Medical and sanitary report of the native army of Bengal for the year
Year: 1874
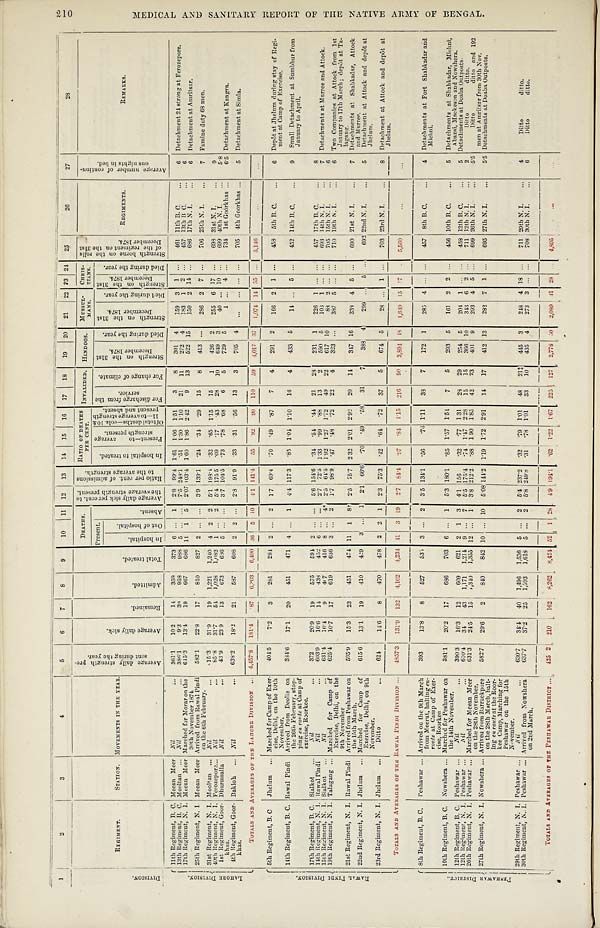
1
2
3
4
5
6
7
8
9
10
11 12 13 14 15
1 6
17 18
19 20 21 22 23
2 4
25
26
27
28
D I V I S I O N .
R E G I M E N T .
S T A T I O N .
MOVEMENTS I N THE YEAR.
A v e r a g e d a i l y s t r e n g t h p r e - s e n t d u r i n g t h e y e a r .
A v e r a g e d a i l y s i c k .
R e m a i n e d .
A d m i t t e d .
T o t a l t r e a t e d .
D E A T H S .
A v e r a g e d a i l y s i c k p e r c e n t . t o t h e a v e r a g e s t r e n g t h p r e s s e n t . R a t i o p e r c e n t . o f a d m i s s i o n s t o t h e a v e r a g e s t r e n g t h .
R A T I O O F D E A T H S P E R C E N T .
I N V A L I D E D .
H I N D O O S .
M U S S U L - M A N S .
C H R I S T I A N S .
S t r e n g t h b o r n e o n t h e r o l l s o f t h e r e g i m e n t o n t h e 3 1 s t D e c e m b e r 1 8 7 4 .
R E G I M E N T S .
A v e r a g e n u m b e r o f c o n t i n u - o u s n i g h t s i n b e d .
R E M A R K S .
P r e s e n t .
A b s e n t .
I n h o s p i t a l t o t r e a t e d . P r e s e n t — t o a v e r a g e s t r e n g t h p r e s e n t . O f t o t a l d e a t h s — c o l s . 1 0 & 1 1 — t o a v e r a g e s t r e n g t h p r e s e n t a n d a b s e n t .
F o r d i s c h a r g e f r o m t h e s e r v i c e .
F o r c h a n g e o f c l i m a t e .
S t r e n g t h o n t h e 3 1 s t D e c e m b e r 1 8 7 4 .
D i e d d u r i n g t h e y e a r . S t r e n g t h o n t h e 3 1 s t D e c e m b e r 1 8 7 4 .
D i e d d u r i n g t h e y e a r .
S t r e n g t h o n t h e 3 1 s t D e c e m b e r 1 8 7 4 .
D i e d d u r i n g t h e y e a r .
I n h o s p i t a l .
O u t o f h o s p i t a l .
L A H O R E D I V I S I O N .
11th Regiment, B. C. Meean Meer Nil
3 6 1 . 1
1 0 . 2
1 4
3 5 9
3 7
6 . . .
1 2 . 8
9 9 . 4
1 . 6 1
1 . 0 6
1 . 5 1
3
8
3 0 1
4
1 5 9
3 1
461 11t h B. C.
6
Detachment 24 strong at Ferozepore.
13th Regiment, B. C. Mooltan
Nil
3 8 6 . 1
9 . 3
3 9
9 5 8
9 8 8
5 . . . . . .
7 . 5 2 4 8 . 1
. 5 1
1 . 3 0
1 . 1 0
2 1
1 1
2 7 2
4
1 8 3
1 2 . . .
457
1 3 t h B . C . 6
6
17th Regiment, N. I. Meean Meer Marched for Morar on the
30th November 1874.
6 4 5 . 3
1 3 . 4
1 9
6 6 7
6 8 6
1 1
2 5 2 . 0 7 1 0 3 . 4
1 . 6 0
1 . 8 6
2 . 4 2
9
1 3
5 2 2
1 5
1 5 0
2 1 4 . . .
686 17th N. I.
6 Detachment at Amritsar.
25t h Regi ment , N. I .
Meean Meer Arrived from Rawal Pindi
on the 6th February.
5 8 2 . 1
2 2 . 8
1 7
8 1 0
8 2 7
2 . . . . . .
3 . 9 1 3 9 . 1
. 2 4
. 2 9
1 5
8
4 1 3
. . .
2 8 6
2
7 . . . 7 0 6
706 25th N. I.
7 Famine duty 68 men.
31st Regiment, N. I. Mooltan
Nil
1 5 . 3
3 1 . 9
1 9
1 , 2 2 1
1 , 2 4 0
4 2 2 5 . 1 1 9 8 . 4
. 3 2
. 6 5
1 . 1 5
1 5
1
4 2 6
2
2 5 5
6 1 7 . . .
698 31st N. I.
9
40th Regiment, N. I. Ferozepore.
Nil
8 5 . 8
3 1 . 7
5 4
1 , 0 2 8
1 , 0 8 2
1 . . .
2 5 . 4 1 7 5 . 5
. 0 9
. 1 7
. 4 3
2 8
1 0
6 4 9
3 4 0
. . .
1 0 . . .
699 40th N. I.
5 . 8
1st Regiment, Goor
-khas.
Dhurmsalla
Nil
4 3 . 9
2 3 . 9
1 3
6 7 3
6 8 6
5 . . . . . .
3 . 7 1 0 4 . 5
. 7 3
. 7 8
. 6 8
6
5
7 2 9
5
1 . . .
4 . . .
734 1st Goorkhas
6 . 5
Detachment at Kangra.
4th Regiment, Goor-
khas.
Bakloh
Nil
6 3 8 . 2
1 8 . 2
2 1
5 8 7
6 0 8
2 2 . . .
2 . 8 9 1 . 9
. 3 3
. 3 1
. 5 6
1 3
3
7 0 5
4
. . .
. . . . . . . . .
705 4th Goorkhas
5 Detachment at Simla.
TOTALS AND AVERAGES OF THE LAHORE DIVISION
4 , 4 5 7 . 8
1 8 1 . 4
. 8 7
6 , 2 0 3
6 , 4 9 0
3 6
5
1 0
4 . 1 1 4 1 . 4
5 5
. 9 2
. 9 9
1 1 0
5 9 4 , 0 1 7
3 7 1 , 0 7 4
1 4
5 5 . . . 5 , 1 4 6 I
, , , , ;
...
. . .
R A W A L P I N D I D I V I S I O N .
5th Regiment, B. C Jhelum
Marched for Camp of Exer-
cise, Delhi, on the 10th
November.
4 0 4 . 5
7 . 2
3
2 8 1
2 8 4
2 . . .
2 1 . 7
6 9 . 4
. 7 0
. 4 9
. 8 7
7
4
2 9 1
2
1 6 6
2 1 . . .
458 5th B. C.
6 Depôt at Jhelum during stay of Regi-
ment at Camp of Exercise.
14th Regiment, B. C. Rawal Pindi Arrived from Deolie on
the 26th February, stop-
ping en route at Camp of
exercise, Roorkee.
3 8 4 . 6
1 7 . 1
2 0
4 5 1
4 7 1
4 . . .
1 4 . 4 1 1 7 . 3
. 8 5
1 . 0 4
1 . 1 0
1 6
4
4 3 3
5
1 4 . . .
5 . . .
452 14th B. C.
9 Small Detachment at Sumbhur from
January to April.
17th Regiment, B. C. Sialkot
Nil
3 7 2
2 0 . 9
1 9
5 7 5
5 9 4
2 . . . . . .
5 . 6 1 5 4 . 6
. 3 4
. 5 4
. 4 4
2 1
2 8
2 3 1
1
2 2 6
1 . . . . . .
457 17th B. C.
8
14th Regiment, N. I. Rawal Pindi
Nil
6 0 3 . 9
1 6 . 6
1 4
4 3 8
4 2 5
6 . . . . . .
2 . 7
7 2 . 5
1 . 3 3
. 9 9
. 8 8
1 3
2
5 9 0
5
1 0 3
1 . . . . . .
693 14th N. I.
7 Detachments at Murree and Attock.
15th Regiment, N. I. Sialkot
N i l
6 3 1 . 4
1 6 . 4
9
4 6 7
4 1 6
8 . . .
4 *
2 . 5
6 4 . 5
1 . 9 2
1 . 2 7
1 . 7 2
4 9
2 2
6 1 7
1 0
8 8
2 . . . . . .
705 1 15th N. I.
6
19th Regiment, N. I. Talagana Marched for Camp of
Exercise, Delhi, on the
9th November
6 2 5 . 4
1 0 . 7
1 7
6 1 9
6 3 6
3 . . .
2
1 . 7
9 8 . 9
. 4 7
. 4 8
. 7 2
2 2
4
3 2 3
. . .
3 8 7
5 . . . . . .
710
1 9 t h N . I .
6 Two Companies at Attock from 1st
January to 17th March; depôt at Ta-
lagang.
21st Regiment, N. I.
R a w a l P i n d i
Arrived from Peshawar on
the 15th March.
5 9 5 . 9
1 5 . 3
2 3
4 5 1
4 7 4
1 1
1 8 †
2 . 5
7 5 . 7
2 . 3 2
2 . 0 1
2 . 9 2
2 0
1 4
3 4 7
1 6
3 3 8
4 2 . . .
690 21st N. I.
7 Detachments at Shabkadar, Attock
and Murree.
22nd Regiment, N. I. Jhelum
Marched for Camp of
Exercise, Delhi, on 9th
November.
6 1 5 . 6
1 3 . 1
1 9
4 1 0
4 2 9
3 . . .
1 2 . 1
6 6 . 6
. 7 0
. 4 9
. 5 8
3 1
7
3 8 8
4
2 9 9
. . .
5 . . .
692 22nd N. I.
5 Detachment at Attock and depôt at
Jhelum.
23rd Regiment, N. I. Jhelum
Ditto
6 2 4
1 4 . 6 8
4 7 0
4 7 8
2 2 1 2 . 3
7 5 . 3
. 4 2
. 6 4
. 7 2
3 7
5
6 7 4
5
2 8 . . .
1 . . .
703 23rd N. I.
8 Detachment at Attock and depôt at Jhelum.
TOTALS AND AVERAGES OF THE RAWAL PINDI DIVISION
4 8 5 7 . 3
1 3 1 . 9
1 3 2
4 , 1 0 2
4 , 2 3 4
1 1
3 1 9
2 . 7
8 4 . 4
. 9 7
. 8 4
1 . 1 5
2 1 6
9 0
3 , 8 9 4
4 8
1 , 6 4 9
1 5 1 7 . . .
5 , 5 6 0
. . .
. . .
P E S H A W A R D I S T R I C T .
8th Regiment, B. C. Peshawar
Arrived on the 9th March
from Meerut, halting en-
route at Camp of Exer-
cise, Roorkee
3 9 3
1 3 . 8
8
5 2 7
5 3 5
3 . . .
2
3 . 5 1 3 4 . 1
. 5 6
. 7 6 1 . 1 1
3 8
7
1 7 2
1
2 8 5
4 . . . . . .
457 8th B. C.
4 Detachments at Fort Shabkadar and
Michni.
10th Regiment, B. C. Nowshera
Marched for Peshawar on
the 14th November.
3 8 1 . 1
2 0 . 2
1 7
6 8 6
7 0 3
6 . . .
1 5 . 3 1 8 0 . 1
. 8 5
1 . 5 7
1 . 5 4
7
5
2 9 6
5
1 6 1
2 2 . . .
456 10th B. C.
5 Detachments at Shabkadar, Michni,
Abazai, Mackesan and Nowshera.
12th Regiment, N. I. Peshawar
N i l
3 9 0 . 3
1 6 . 3
1 2
6 0 9
6 2 1
2 1 3 4 . 1 1 5 6
. 3 2
. 7 7
1 . 3 1
2 8
2 9 2 5 4
5 2 0 1
1 . . . . . . 4 5 8
1 2 t h B . C .
5
Detachments Doaba Out post s.
12th Regiment, N. I. Peshawar
N i l
N i l
6 1 0 . 4
3 4
4 3
1 , 1 7 1
1 , 2 1 4
9 . . .
7 5 . 5 1 7 5 . 4
. 7 4
1 . 4 7
2 . 2 8
1 5
1 5
3 6 6
1 0
3 4 3
6 2 . . .
711
12th N. I.
2
D i t t o d i t t o .
26th Regiment, N. I. Peshawar
Marched for Meean Meer
on the 28th November.
6 3 1 . 3
2 4 . 5
1 5
2 , 3 4 0
1 , 3 5 5
1 2 . . .
1 3 . 8 2 1 2 . 2
. 8 8
1 . 9 0
1 . 8 5
4 2
2 3
4 0 1
9
2 9 3
4 5 . . .
699 26th N. I.
5.5
Ditto ditto and 192
men at Amritsar from 30th Nov.
27th Regiment, N. I. Nowshera
Arrived from Barrackpore
on the 28th March, halt-
ing en route at the Roor-
kee Camp, Marching for
Peshawar on the 15th
November.
5 8 2 . 7
2 9 . 6
2
8 4 0
8 4 2
1 0 . . . 1 0
5 . 0 8 1 4 4 . 2
1 . 1 9
1 . 7 2
2 . 9 1
1 4
1 7
4 1 2
1 3
2 8 2
7 1 . . .
695 27th N. I.
5.5 Detachments at Doaba Outposts.
29th Regiment, N. I. Peshawar
Nil
6 3 0 . 7
3 4 . 4
4 0
1 , 4 9 6
1 , 5 3 6
5 . . .
2 5 . 4 2 3 7 . 2
. 3 1
. 7 9
1 . 0 1
4 8
2 1 ‡
4 4 5
3
2 4 8
4 1 8 . . .
711 29th N. I.
4
Ditto ditto.
30th Regiment, N. I. Peshawar
Arrived from Nowshera
on 2nd March.
6 3 7 . 7
3 7 . 2
2 5
1 , 5 9 3
1 , 6 1 8
5 . . .
2 5 . 8 2 4 9 . 8
. 3 1
. 7 8
1 . 0 1
. .
1 0
4 3 5
4
2 7 3
3 . . . . . .
708 30th N. I.
6
Ditto ditto.
TOTALS AND AVERAGE OF THE PESHAWAR DISTRICT
4 2 5 2
2 1 0
1 6 2
8 , 2 6 2
8 , 4 2 4
5 2
1 2 8
4 . 9 1 9 4 . 1
. 6 2
1 . 2 2
1 . 6 7
2 2 5
1 2 7
2 , 7 7 8
5 0
2 , 0 8 9
4 1 2 8
. . .
4,895
...
. . .
MEDICAL AND SANITARY REPORT OF THE NATIVE ARMY OF BENGAL.